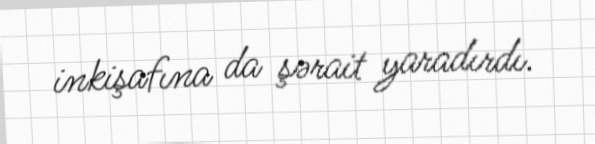
inkişafına da şərait yaradırdı.